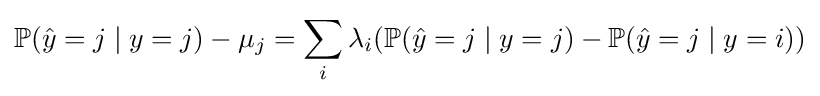
\mathbb {P} ({\hat {y}}=j\mid y=j)-\mu _{j}=\sum _{i}\lambda _{i}(\mathbb {P} ({\hat {y}}=j\mid y=j)-\mathbb {P} ({\hat {y}}=j\mid y=i))